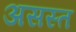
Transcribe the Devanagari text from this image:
असस्त